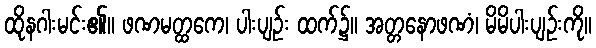
ထိုနဂါးမင်း၏။ ဖဏမတ္ထကေ၊ ပါးပျဉ်း ထက်၌။ အတ္တနောဖဏံ၊ မိမိပါးပျဉ်းကို။